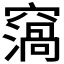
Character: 𥨙